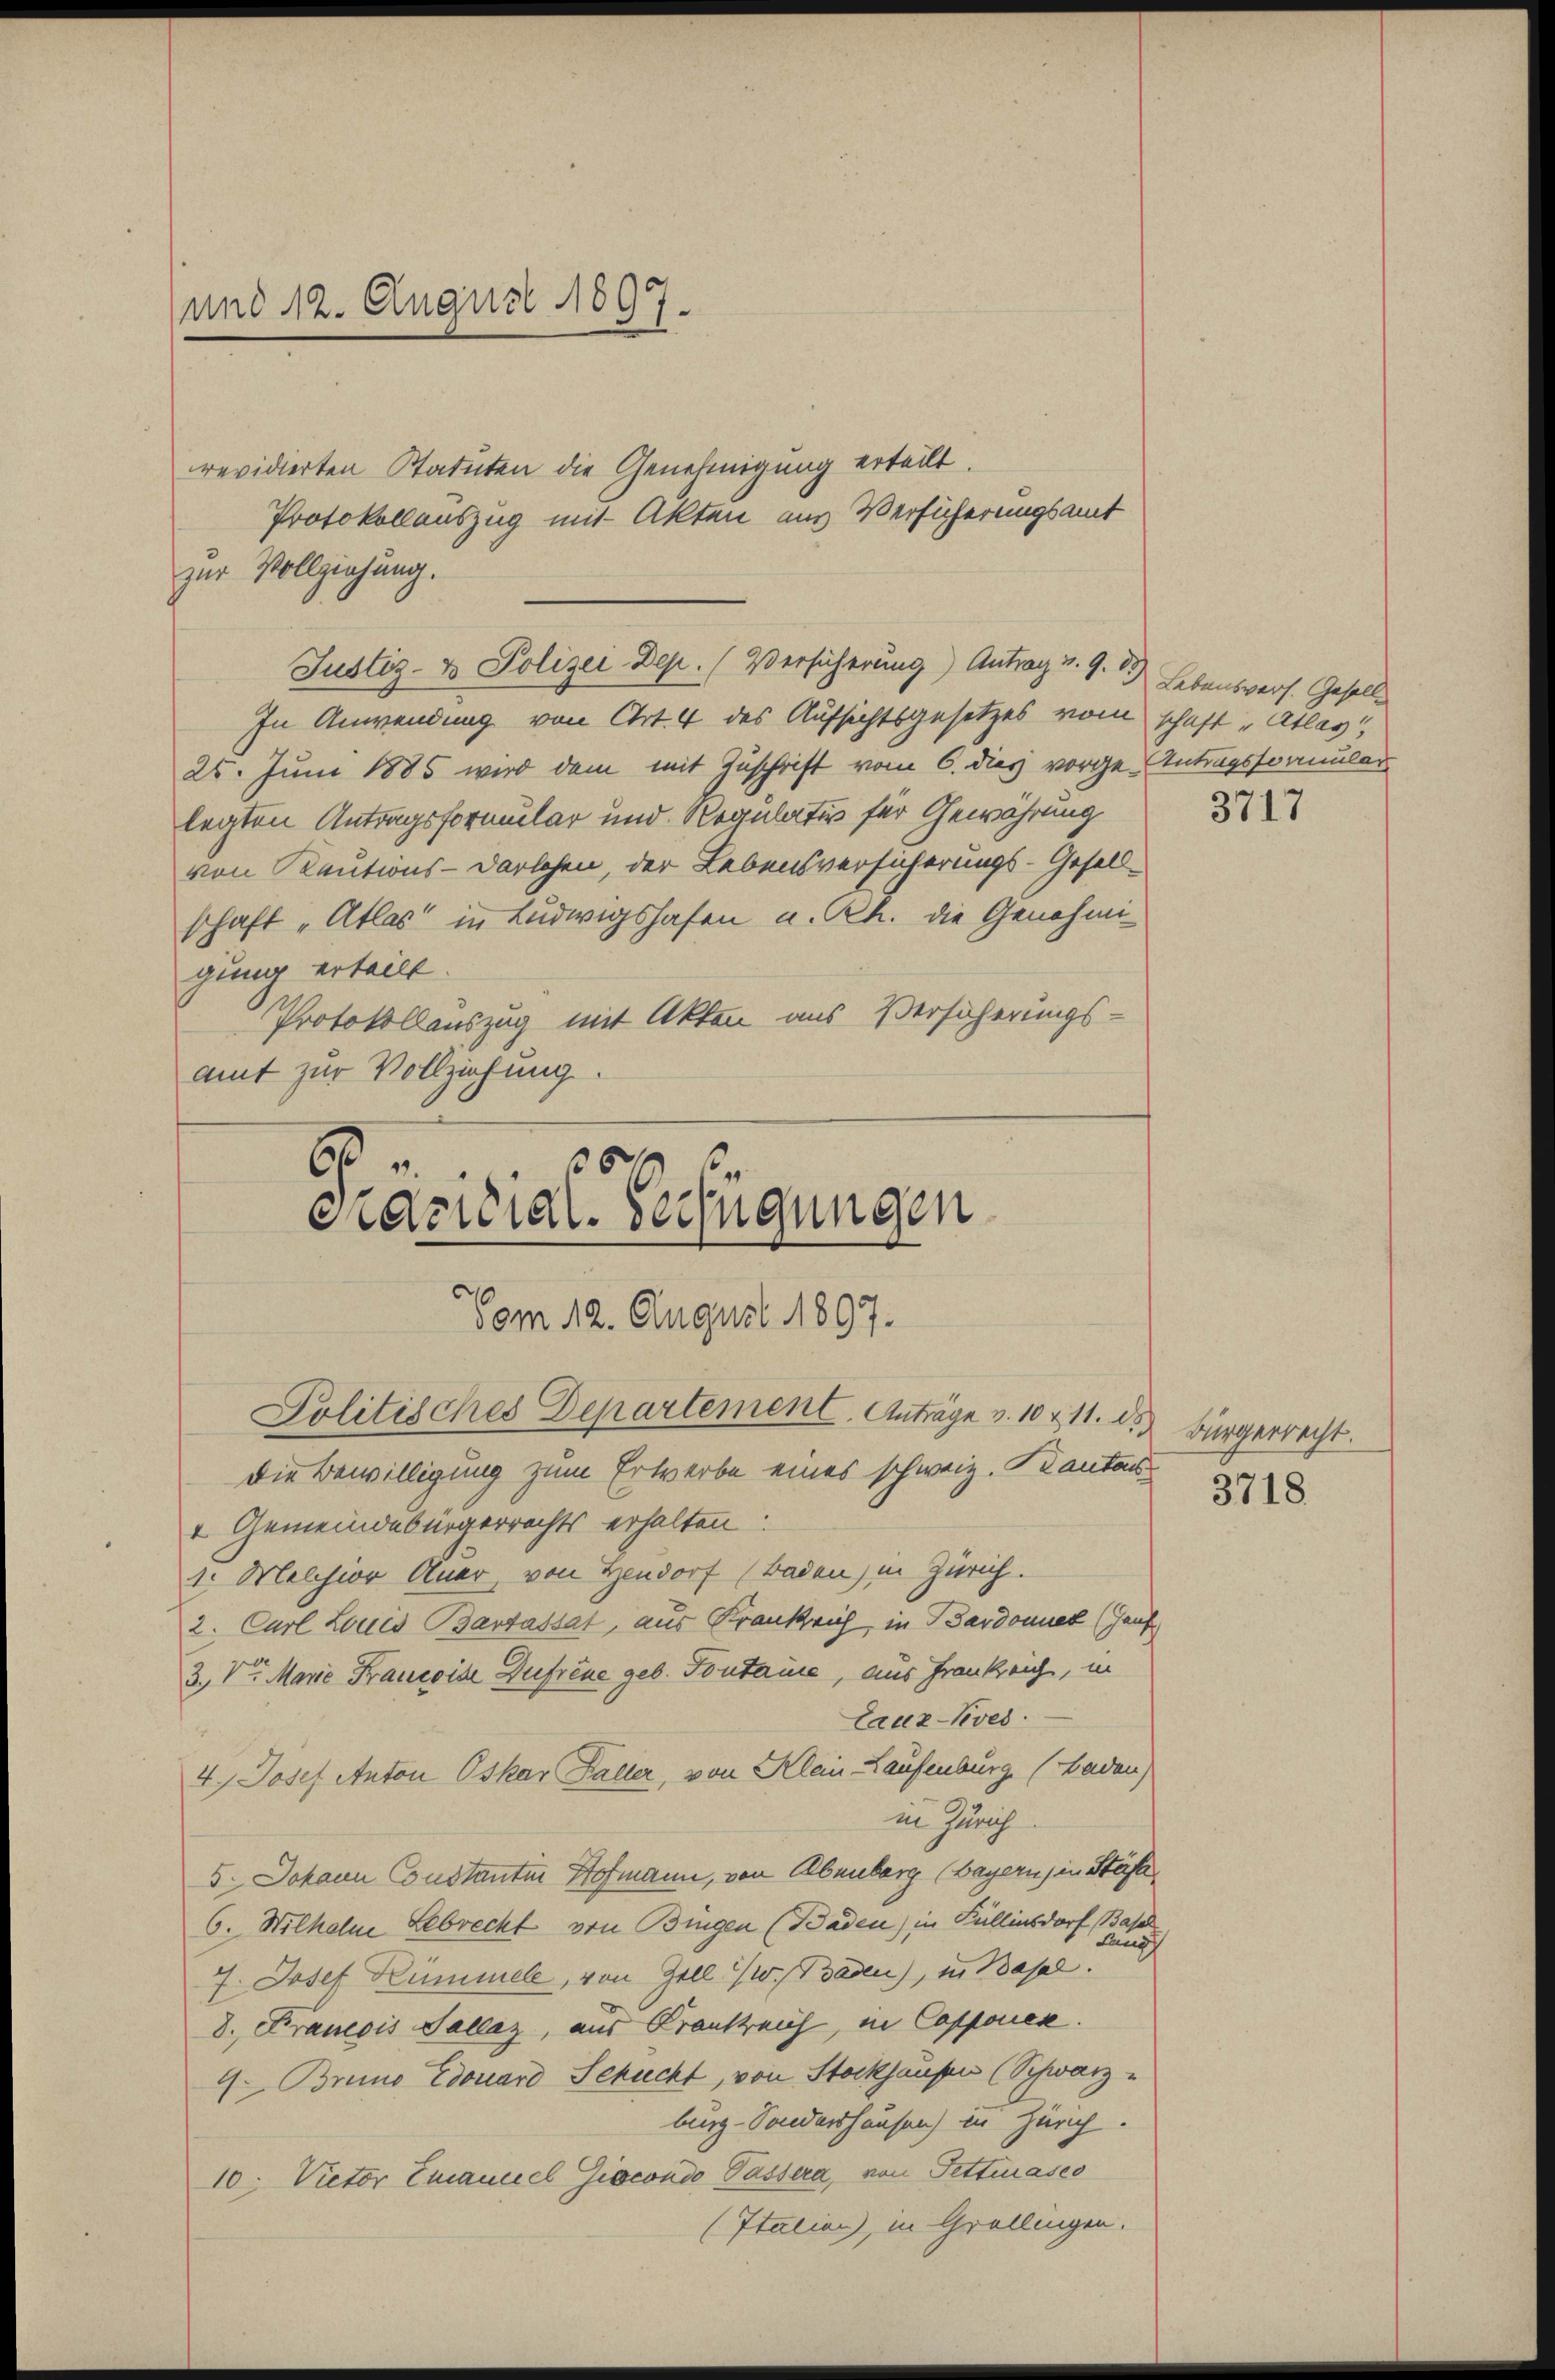
und 12. August 1897.

revidierten Statuten die Genehmigung erteilt.
Protokollauszug mit Akten aus Versicherungsamt
zur Vollziehung.

Justiz- & Polizei Dep. (Versicherung) Antrag v. 9. 1) Lebensvers. Geselle

In Anwendung von Art. 4 des Aufsichtsgesetzes vom schaft „Atlas
25. Juni 1885 wird dem mit Zuschrift vom 6. dies vorge-Antragsformular
legten Antragsformular und Regulativ für Gewährung
von Kautions-Darlehen, der Lebensversicherungs-Gesellschaft „Atlas in Ludwigshafen u. Rh. die Genehmigung erteilt.
Protokollauszug mit Akten aus Versicherungs-
amt zur Vollziehung.

6
.
edzidial-Verfügungen
Vom 12. August 1897.
Politisches Departement. Anträge v. 10 & 11. ds.

Die Bewilligung zum Erwerbe eines schweiz. Kantons
+ Gemeindebürgerrechts erhalten:
1. Melchior Auer, von Hendorf (Baden) in Zürich.
2. Carl Louis Bantassat, aus Krankrich, in Bardonnet (Hauf
3. Von Marie Francoide Defreue geb. Pontaire, aus Frankreich, in
Lauz-Kves
4.) Josef Anton Oskar Faller, von Klein Laufenburg (Baden)
in Zürich
5. Johann Constantin Hofmann, von Abenberg (Bayern) in Stähle
6. Wilhelm Lebrecht von Bingen (Baden) in Füllensdorf Basel
Ausch
7. Josef Kümmel, von Zell I/W. Graden), in Basel.
8. Francois Sallaz, aus Krankreich, in Capponier.
9. Bruno Edouard Schuckt, von Stockhausen (Schwarz-
burg-Sondershausen) in Zürich.
10. Victor Emanuel Giocondo Passera, von Fettmases
(Italien), in Grollingen.

3717

Bürgerrecht.
3718